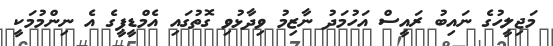
މަޖިލީހުގެ ނައިބު ރައީސް އަހުމަދު ނާޒިމު ވިދާޅުވި ގޮތުގައި އެމްޑީޕީގެ އެ ނިންމުމަކީ